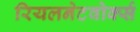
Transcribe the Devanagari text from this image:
रियलनेटवोर्क्स